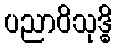
ပညာဝိသုဒ္ဓိ